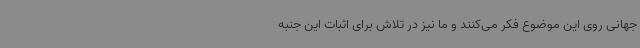
جهانی روی این موضوع فکر می‌کنند و ما نیز در تلاش برای اثبات این جنبه